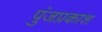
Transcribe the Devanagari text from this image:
पुंजप्रकाश